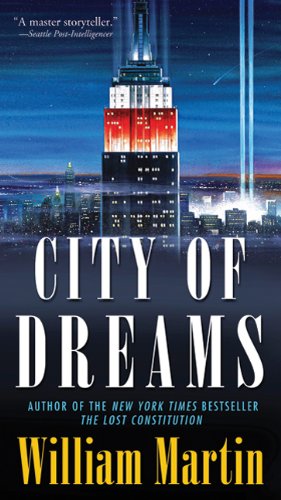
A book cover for City of Dreams (Peter Fallon); William Martin; Mystery, Thriller & Suspense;